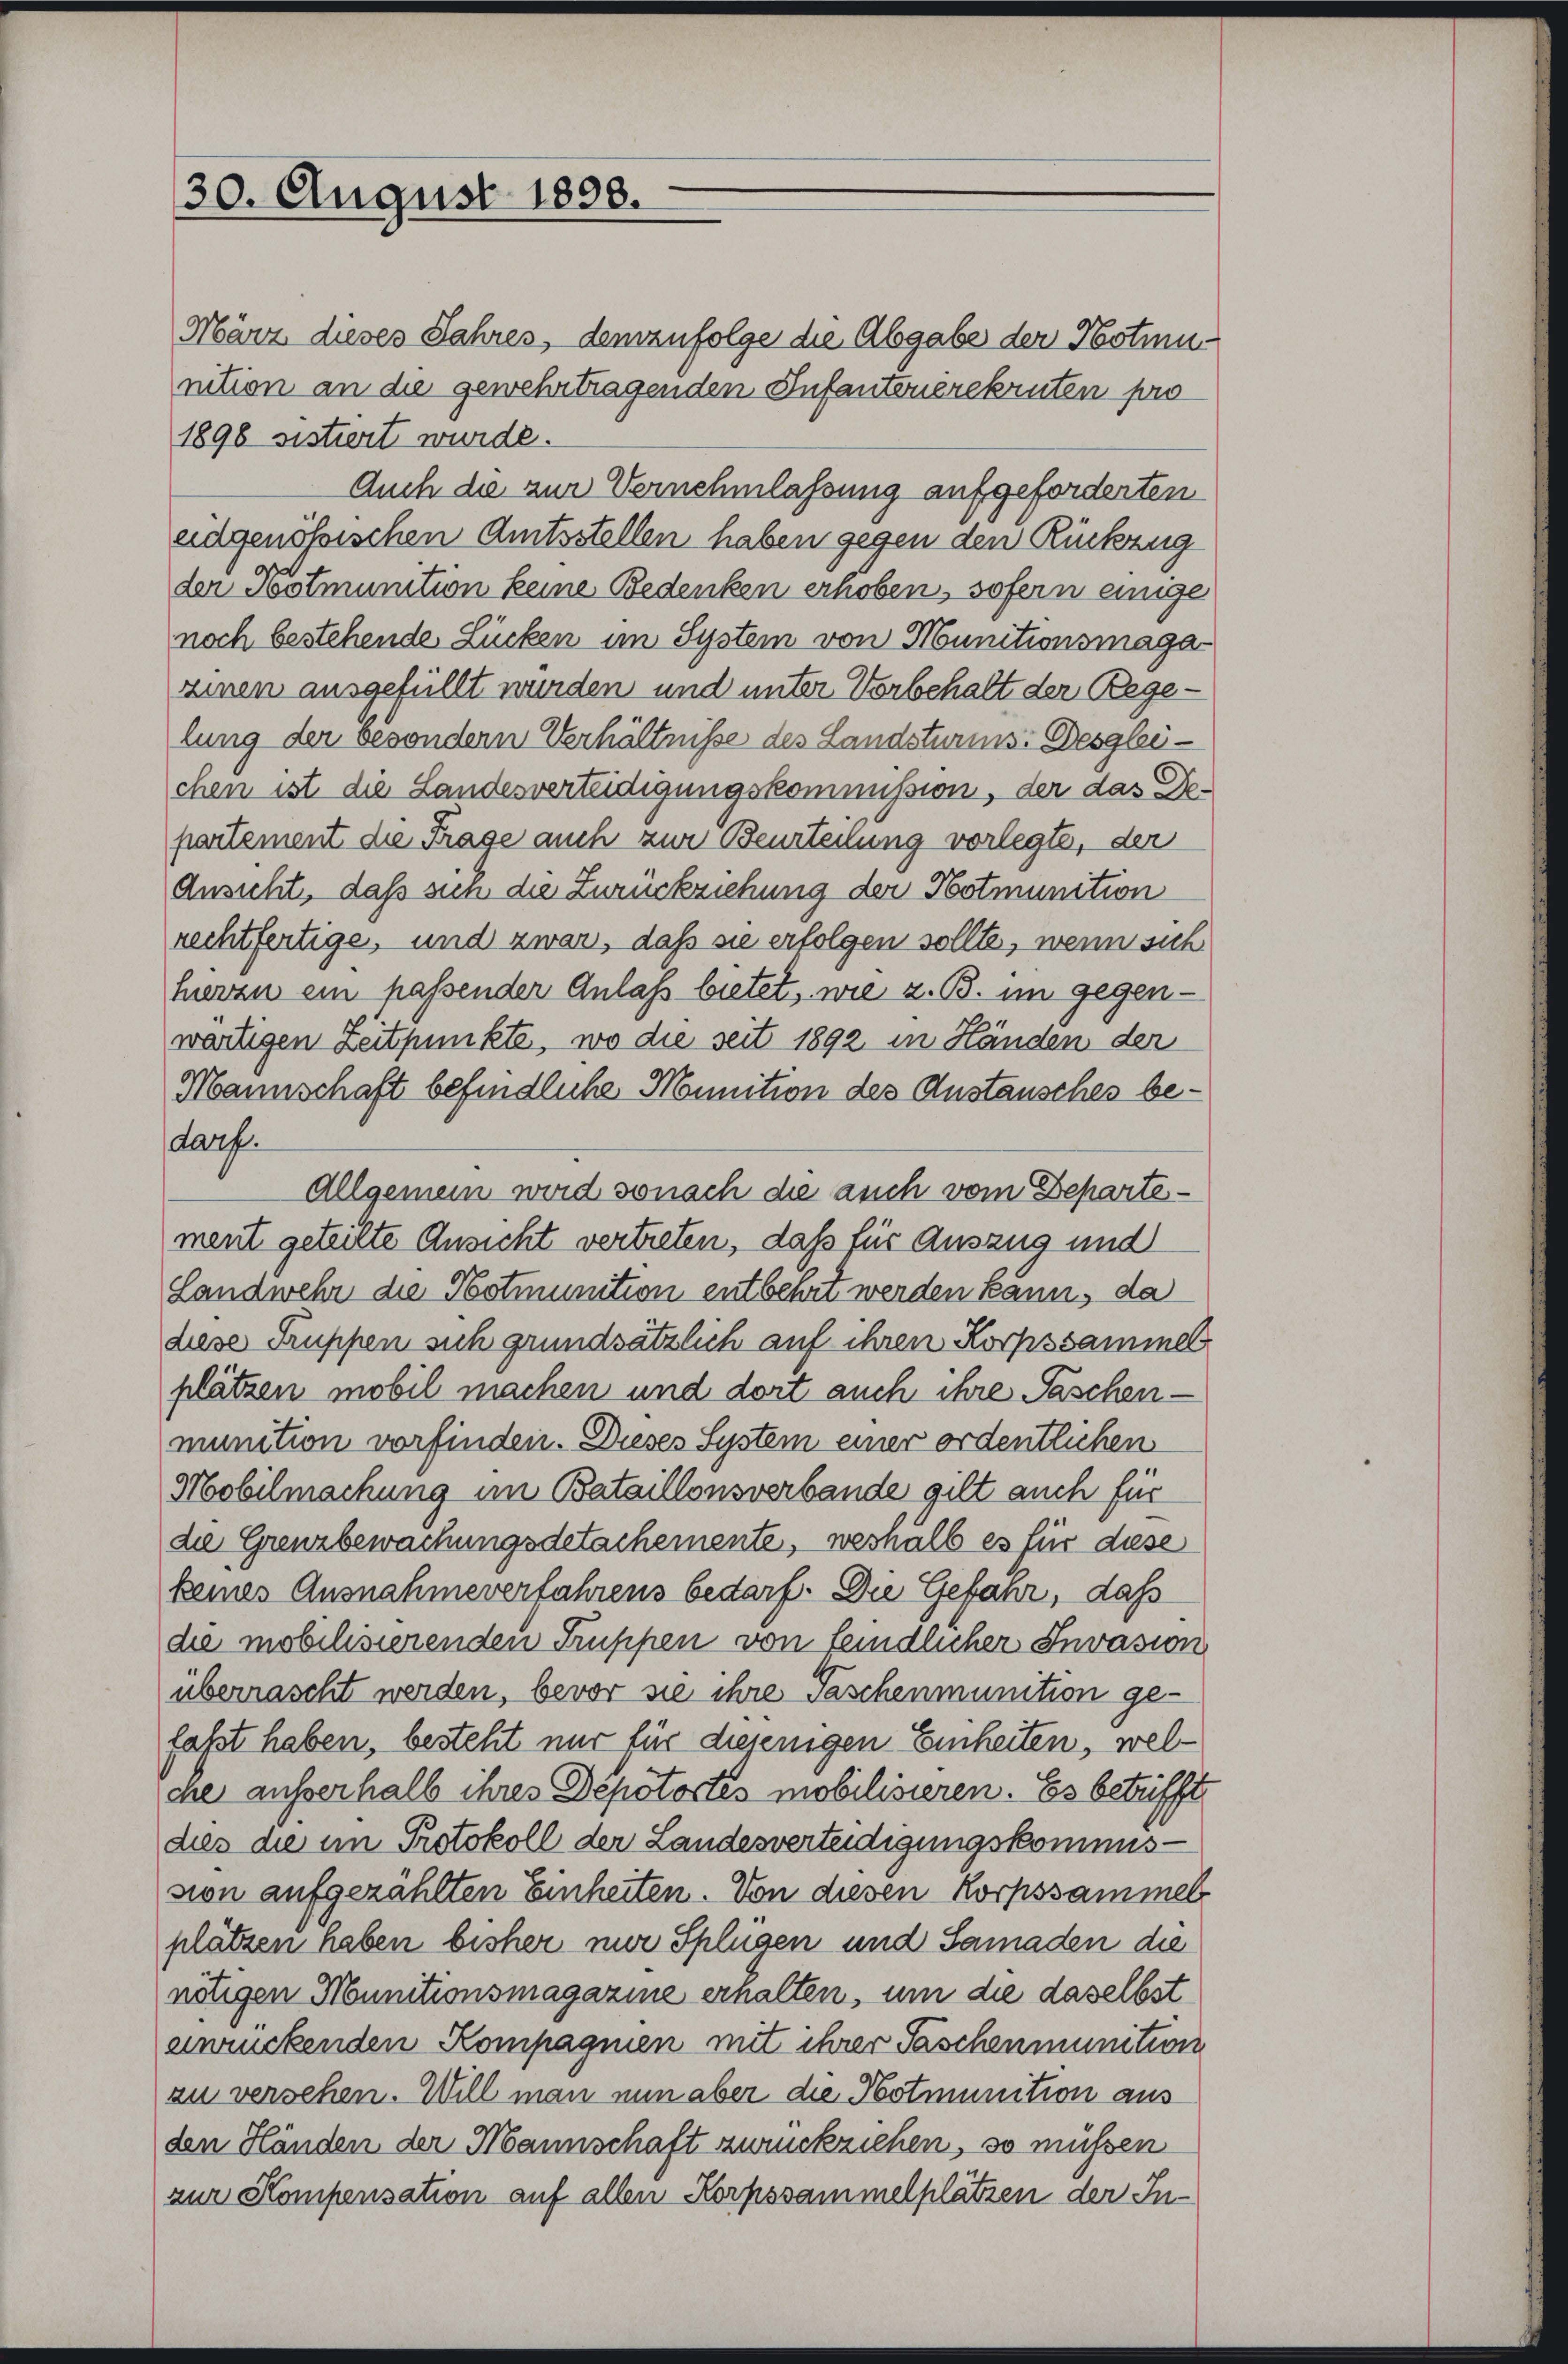
30. August 1898.

März dieses Jahres, demzufolge die Abgabe der Notmu-
nition an die gewehrtragenden Infanternerekruten pro
1898 sistiert wurde.
Auch die zur Vernehmlassung aufgeforderten
eidgenössischen Amtsstellen haben gegen den Rückzug
der Notmunition keine Bedenken erhoben, sofern einige
noch bestehende Lücken im System von Munitionsmaga
zinen ausgefüllt wurden und unter Vorbehalt der Rege-
lung der besondern Verhältnisse des Landsturins: Desgleichen ist die Landesverteidigungskommission, der das Departement die Frage auch zur Beurteilung vorlegte, der
Ansicht, daß sien die Zurückziehung der Hotmunition
rechtfertige, und zwar, daß sie erfolgen sollte, wenn sich
hierau ein passender Anlaß bietet, wie z. B. im gegenwärtigen Zeitpunkte, wo die seit 1892 in Händen der
Mannschaft befindliche Mounition des Austausches bedarf.
Allgemein wird sonach die auch vom Departement geteilte Ansicht vertreten, daß für Auszug und
Landwehr die Postmunition entbehrt werden kann, da
diese Truppen sich grundsätzlich auf ihren Korpssammel
plätzen mobil machen und dort auch ihre Faschenmunition vorfinden. Dieses System einer ordentlichen
Mobilmachung im Bataillonsverbande gilt auch für
die Grenzbewachungsdetachemente, weshalb es für diese
keines Ausnahmeverfahrens bedarf. Die Gefanr, daß
die mobilisierenden Truppen von feindlicher Invasion
überrascht werden, bevor sie ihre Taschenmunition ge-
faßt haben, besteht nur für diejenigen Einheiten, welche außerhalb ihres Depotortes mobilisieren. Es betrifft
dies die im Protokoll der Landesverteidigungskommission aufgezählten Einheiten. Von diesen Korpssammel
plätzen haben bisher nur Splügen und Samaden die
nötigen Munitionsmagazine erhalten, um die daselbst
anrückenden Kompagnien mit ihrer Taschenmunition
zu versehen. Will man nun aber die Notmunition aus
den Händen der Mannschaft zurückziehen, so müssen
zur Kompensation auf allen Korpssammelplätzen der In¬